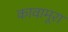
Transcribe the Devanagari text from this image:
कावामूरा